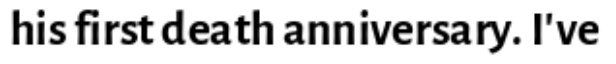
his first death anniversary. I've